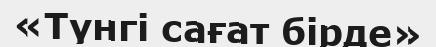
«Түнгі сағат бірде»